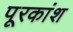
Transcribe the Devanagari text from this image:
पूरकांश